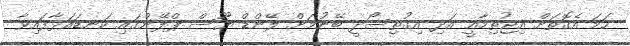
ހަމަ އެގޮތަށް އިޖުތިމާއީ އަދި އިގުތިސޯދީ ބޭނުމަށް ލޭންޑް ޔޫސް ޕްލޭންގައި ކަނޑައަޅާފައިވާ